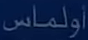
أولمس